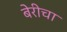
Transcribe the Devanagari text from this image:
बेरीचा